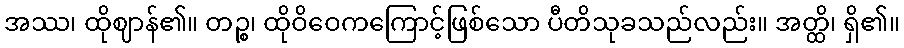
အဿ၊ ထိုဈာန်၏။ တဉ္စ၊ ထိုဝိဝေကကြောင့်ဖြစ်သော ပီတိသုခသည်လည်း။ အတ္ထိ၊ ရှိ၏။